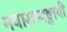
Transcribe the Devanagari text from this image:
मयासम्यङ्मायी